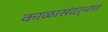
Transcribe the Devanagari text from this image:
काळासंदर्भात